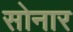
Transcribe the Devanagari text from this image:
साेनार